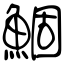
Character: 鯝